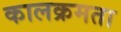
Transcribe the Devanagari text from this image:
कालक्रमता